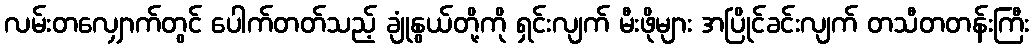
လမ်းတလျှောက်တွင် ပေါက်တတ်သည့် ချုံနွယ်တို့ကို ရှင်းလျက် မီးဖိုများ အပြိုင်ခင်းလျက် တသီတတန်းကြီး